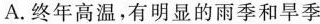
A.终年高温，有明显的雨季和旱季